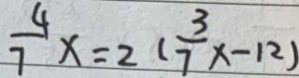
\frac { 4 } { 7 } x = 2 ( \frac { 3 } { 7 } x - 1 2 )